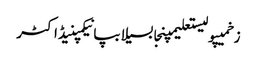
زخمیپولیستعلیمپنجابسیلابپانیکمپنیڈاکٹر